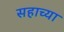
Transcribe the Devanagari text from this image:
सहाच्या